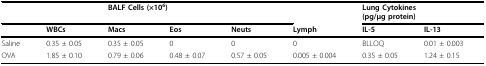
|  |  | <COLSPAN=3> BALF Cells (×106) |  | <COLSPAN=2> Lung Cytokines(pg/μg protein) |
 |  | WBCs | Macs | Eos | Neuts | Lymph | IL-5 | IL-13 |
 | --- | --- | --- | --- | --- | --- | --- | --- |
 | Saline | 0.35 ± 0.05 | 0.35 ± 0.05 | 0 | 0 | 0 | BLLOQ | 0.01 ± 0.003 |
 | OVA | 1.85 ± 0.10 | 0.79 ± 0.06 | 0.48 ± 0.07 | 0.57 ± 0.05 | 0.005 ± 0.004 | 0.35 ± 0.05 | 1.24 ± 0.15 |